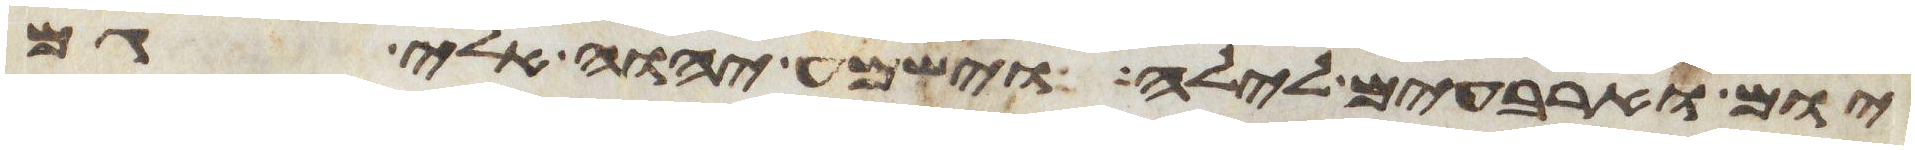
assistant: יום וארבעים לילה וישמע יהוה אלי גם